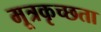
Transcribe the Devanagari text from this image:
मूत्रकृच्छता